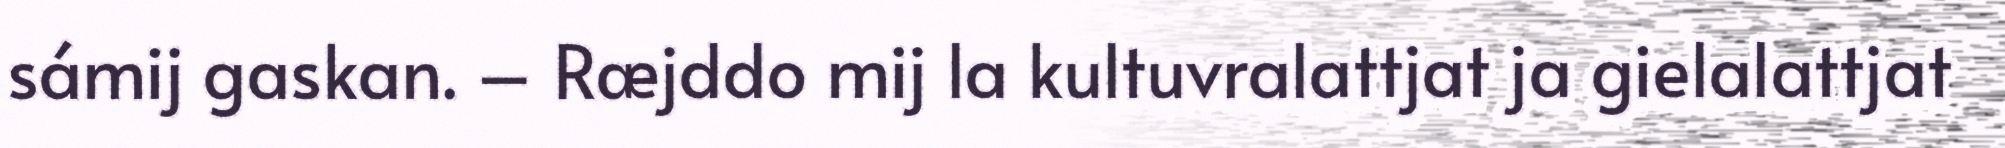
sámij gaskan. – Ræjddo mij la kultuvralattjat ja gielalattjat